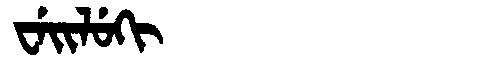
Manchu: ᠸᡝᡳᠯᡠᡴᡳ
Romanization: WEILUKI